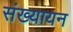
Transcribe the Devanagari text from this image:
संख्यायन